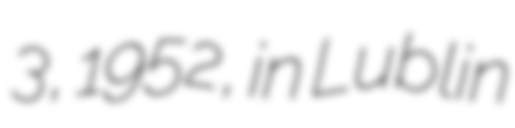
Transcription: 3, 1952, in Lublin